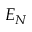
E _ { N }